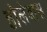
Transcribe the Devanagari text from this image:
होलेबास